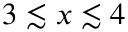
3 \lesssim x \lesssim 4